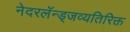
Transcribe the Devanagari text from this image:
नेदरलॅन्ड्जव्यतिरिक्त